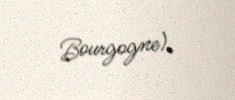
Bourgogne).